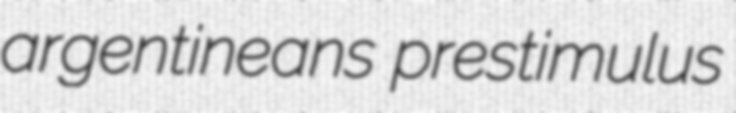
argentineans prestimulus